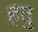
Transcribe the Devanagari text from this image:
हेेतु